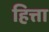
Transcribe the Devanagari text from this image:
हित्ता